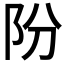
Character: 𨸣